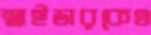
স্নাইডারকেও